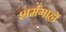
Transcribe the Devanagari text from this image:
शर्मगाहों